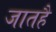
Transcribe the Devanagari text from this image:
जातहै